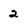
Character: 2